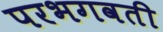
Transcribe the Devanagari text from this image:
परभगवती